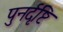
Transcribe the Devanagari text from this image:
पुनर्दृष्टि